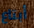
أبتاع